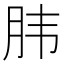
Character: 𮶔